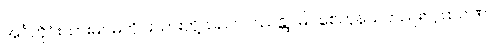
အင်္ဂတိုင်းသားမဂဓတိုင်းသားတို့သည်။ ပဿန္တု၊ မြင်စေကုန်သတည်း။ ဂူထပါဏ၊